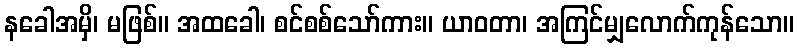
နခေါအမှိ၊ မဖြစ်။ အထခေါ၊ စင်စစ်သော်ကား။ ယာဝတာ၊ အကြင်မျှလောက်ကုန်သော။